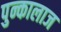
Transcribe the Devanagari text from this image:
पुन्कालाज